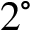
2 ^ { \circ }